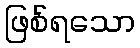
ဖြစ်ရသော